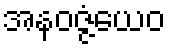
အနဝဇ္ဇံယေဝ